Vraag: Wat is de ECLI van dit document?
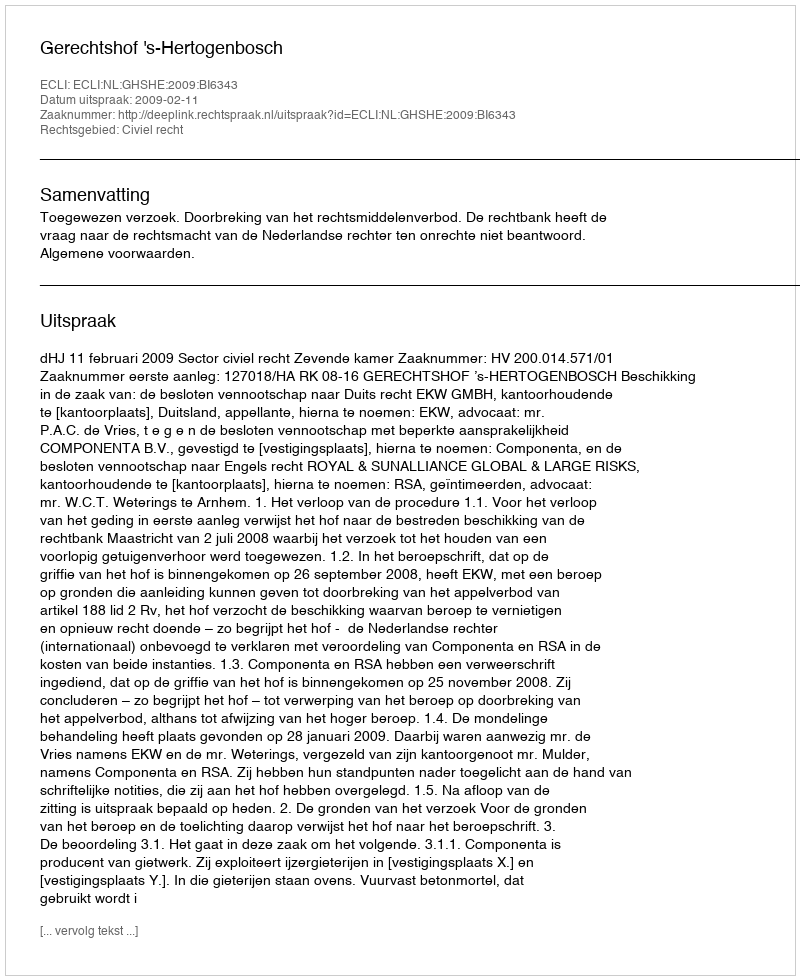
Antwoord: ECLI:NL:GHSHE:2009:BI6343